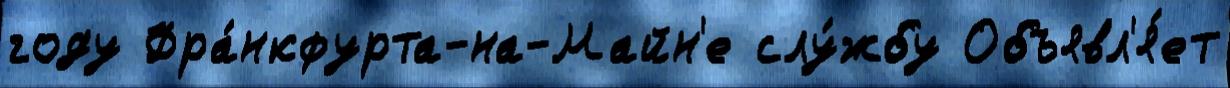
году Фра́нкфурта-на-Майн'е слу́жбу Объявл'я́ет